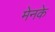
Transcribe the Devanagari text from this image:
मेनके